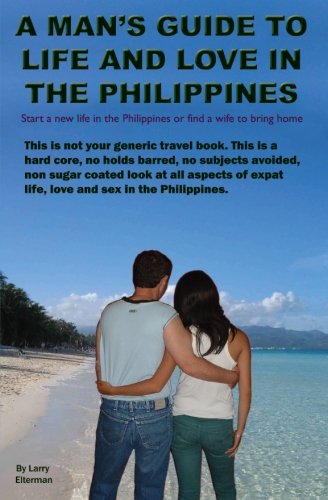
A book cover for A Man's Guide to Life and Love in the Philippines; Larry Elterman; Travel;